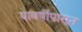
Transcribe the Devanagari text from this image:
यावर्षीपासून